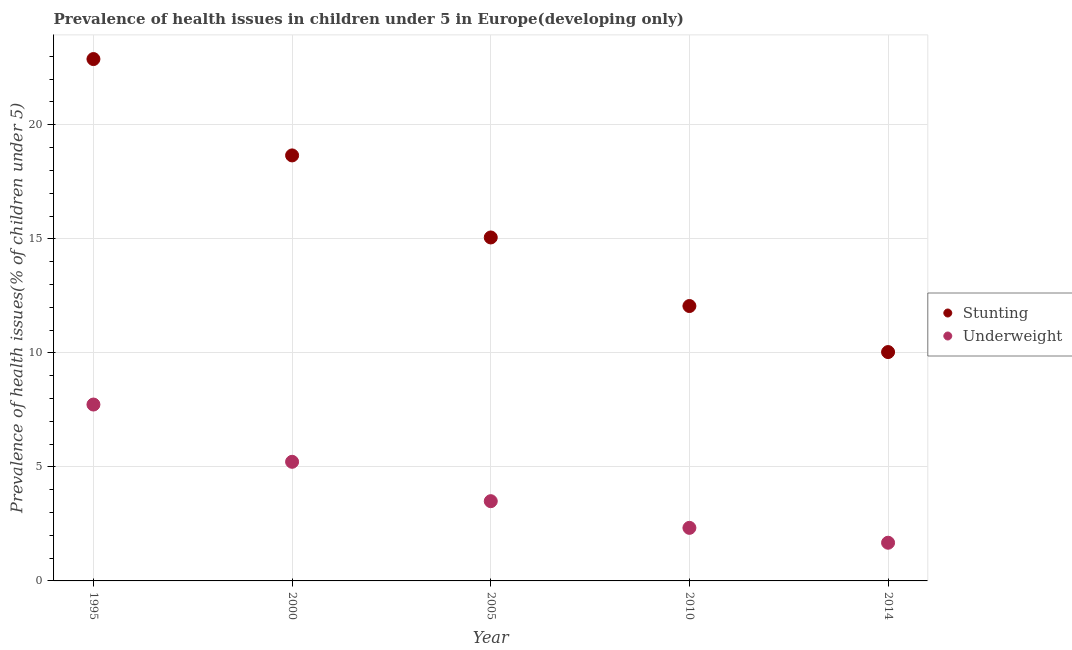
| Year | Stunting | Underweight |
 | --- | --- | --- |
 | 1995 | 22.9 | 7.73 |
 | 2000 | 18.7 | 5.22 |
 | 2005 | 15.1 | 3.5 |
 | 2010 | 12.1 | 2.33 |
 | 2014 | 10 | 1.67 |